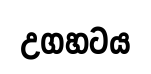
උගහටය